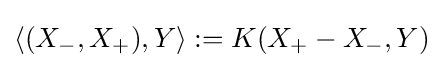
\langle (X_{-},X_{+}),Y\rangle :=K(X_{+}-X_{-},Y)